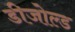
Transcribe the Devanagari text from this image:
डीजोल्ड